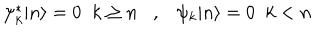
LaTeX: \psi _ { k } ^ { \ast } | n \rangle = 0 \; \; k \geq n , \psi _ { k } | n \rangle = 0 \; \; k < n